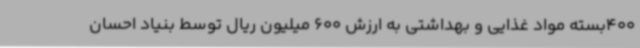
400بسته مواد غذایی و بهداشتی به ارزش 600 میلیون ریال توسط بنیاد احسان